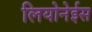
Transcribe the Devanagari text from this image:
लियोनेईस